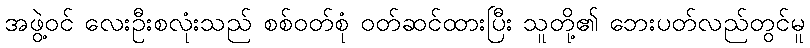
အဖွဲ့ဝင် လေးဦးစလုံးသည် စစ်ဝတ်စုံ ဝတ်ဆင်ထားပြီး သူတို့၏ ဘေးပတ်လည်တွင်မူ